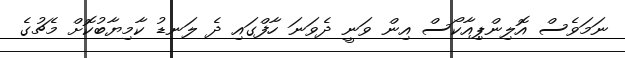
ނަމަވެސް އޮލިންޕިއާކޯސް އިން ވަނީ ދެވަނަ ހާފްގައި ދެ ލަނޑު ކާމިޔާބުކޮށް މެޗުގެ